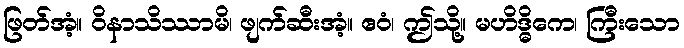
ဖြတ်အံ့။ ဝိနာသိဿာမိ၊ ဖျက်ဆီးအံ့။ ဧဝံ၊ ဤသို့။ မဟိဒ္ဓိကေ၊ ကြီးသော